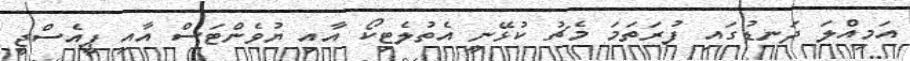
އަމިއްލަ ދަނޑުގައި ފުރަތަމަ މެޗު ކުޅޭނީ އެތުލެޓިކޯ އާއި ޔުވެންޓަސް އާއި ޕީއެސްޖީ